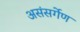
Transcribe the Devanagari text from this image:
असंसर्गेण